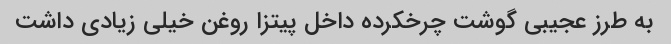
به طرز عجیبی گوشت چرخکرده داخل پیتزا روغن خیلی زیادی داشت